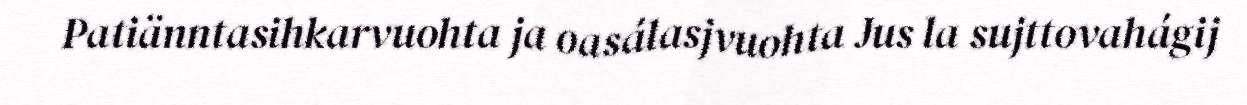
Patiänntasihkarvuohta ja oasálasjvuohta Jus la sujttovahágij